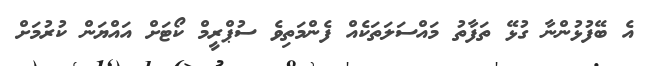
އެ ބޭފުޅުންނާ ގުޅޭ ތަފާތު މައްސަލަތަކެއް ފެންމަތިވެ ސުޕްރީމް ކޯޓަށް އައްޔަން ކުރުމަށް